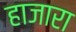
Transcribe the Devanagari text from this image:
हाजारा